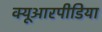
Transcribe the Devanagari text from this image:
क्यूआरपीडिया